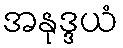
အနုဒ္ဒယံ